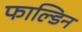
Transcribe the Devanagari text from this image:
फाल्डिन